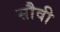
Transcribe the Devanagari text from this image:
सौवी